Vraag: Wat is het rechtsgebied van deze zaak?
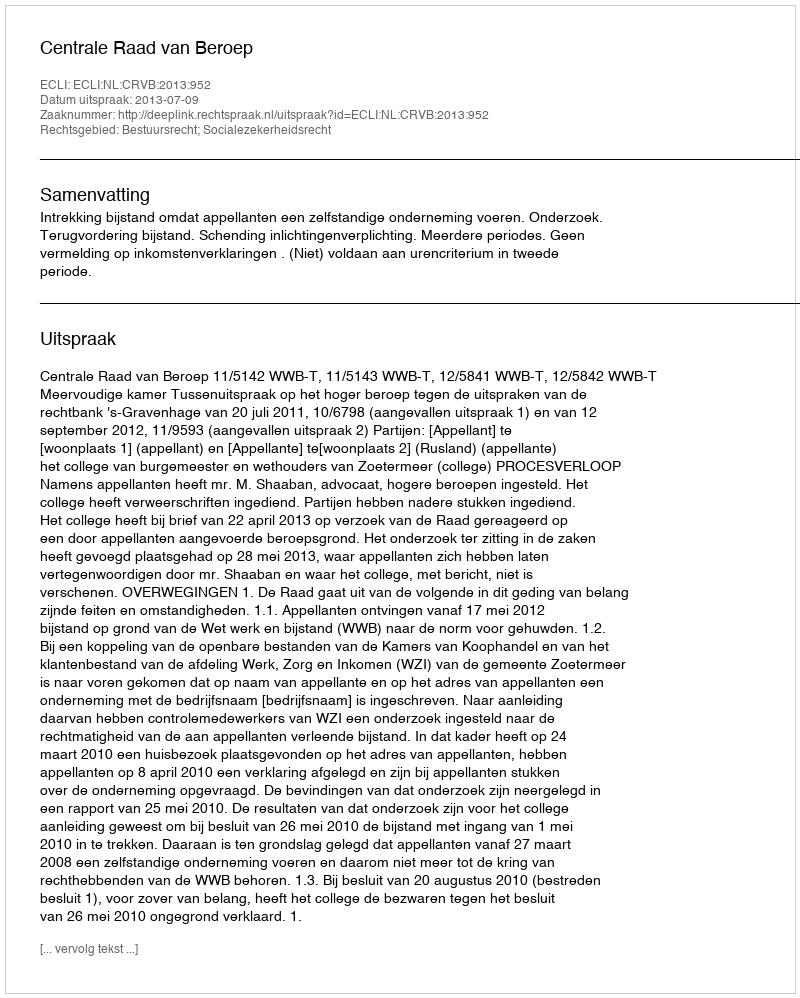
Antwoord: Bestuursrecht; Socialezekerheidsrecht